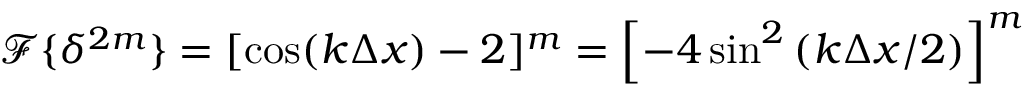
\mathcal { F } \{ \delta ^ { 2 m } \} = [ \cos ( k \Delta x ) - 2 ] ^ { m } = \left[ - 4 \sin ^ { 2 } \left( k \Delta x / 2 \right) \right] ^ { m }